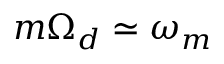
m \Omega _ { d } \simeq \omega _ { m }